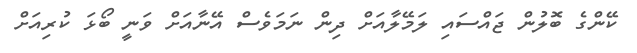
ކޭންގެ ބޮލުން ޖައްސައި ލަމޭލާއަށް ދިން ނަމަވެސް އޭނާއަށް ވަނީ ބޯޅަ ކުރިއަށް